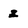
Character: z